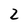
Character: 2